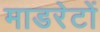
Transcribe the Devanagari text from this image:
माडरेटों